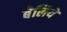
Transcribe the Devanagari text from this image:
बेलिये